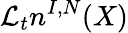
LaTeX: \mathcal{L}_{t}n^{I,N}(X)